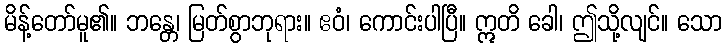
မိန့်တော်မူ၏။ ဘန္တေ၊ မြတ်စွာဘုရား။ ဧဝံ၊ ကောင်းပါပြီ။ ဣတိ ခေါ၊ ဤသို့လျင်။ သော